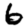
Digit: 6